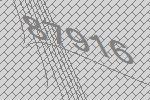
87916